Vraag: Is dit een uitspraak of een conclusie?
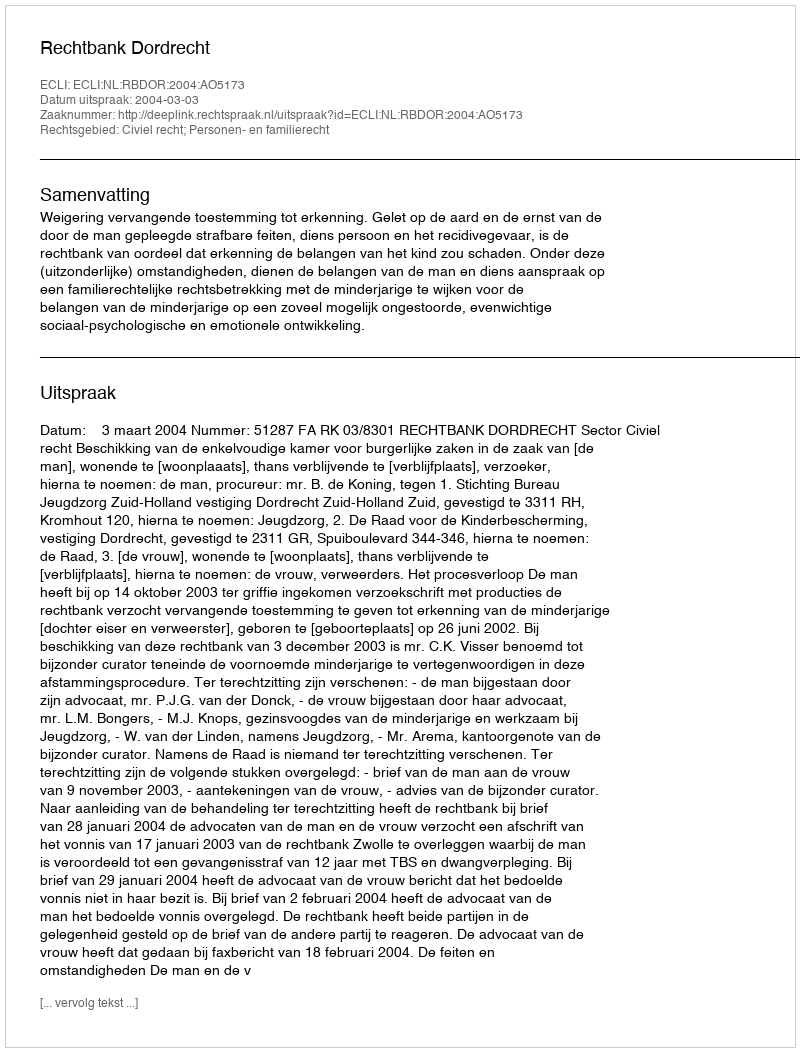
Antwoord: Uitspraak